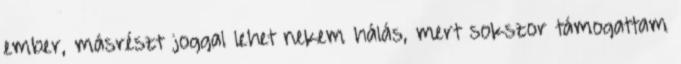
ember, másrészt joggal lehet nekem hálás, mert sokszor támogattam